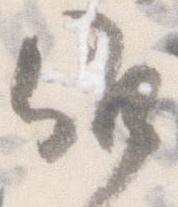
候